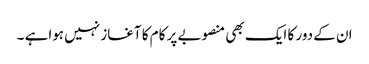
ان کے دور کا ایک بھی منصوبے پر کام کا آغاز نہیں ہواہے ۔